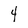
Character: 4